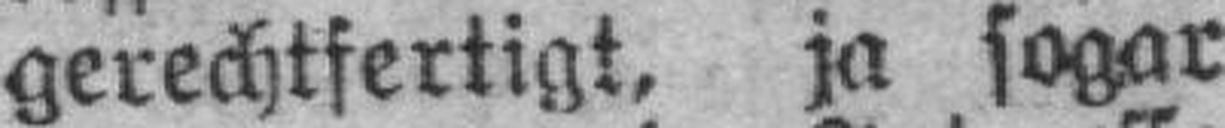
gerechtfertigt, ja sogar